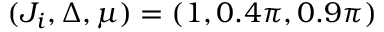
( J _ { i } , \Delta , \mu ) = ( 1 , 0 . 4 \pi , 0 . 9 \pi )